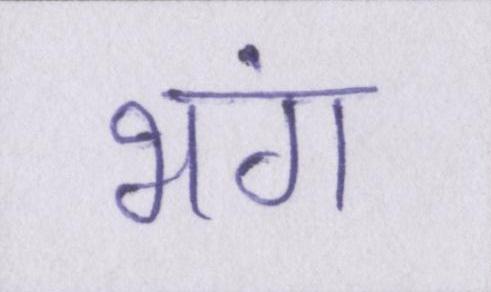
भंग